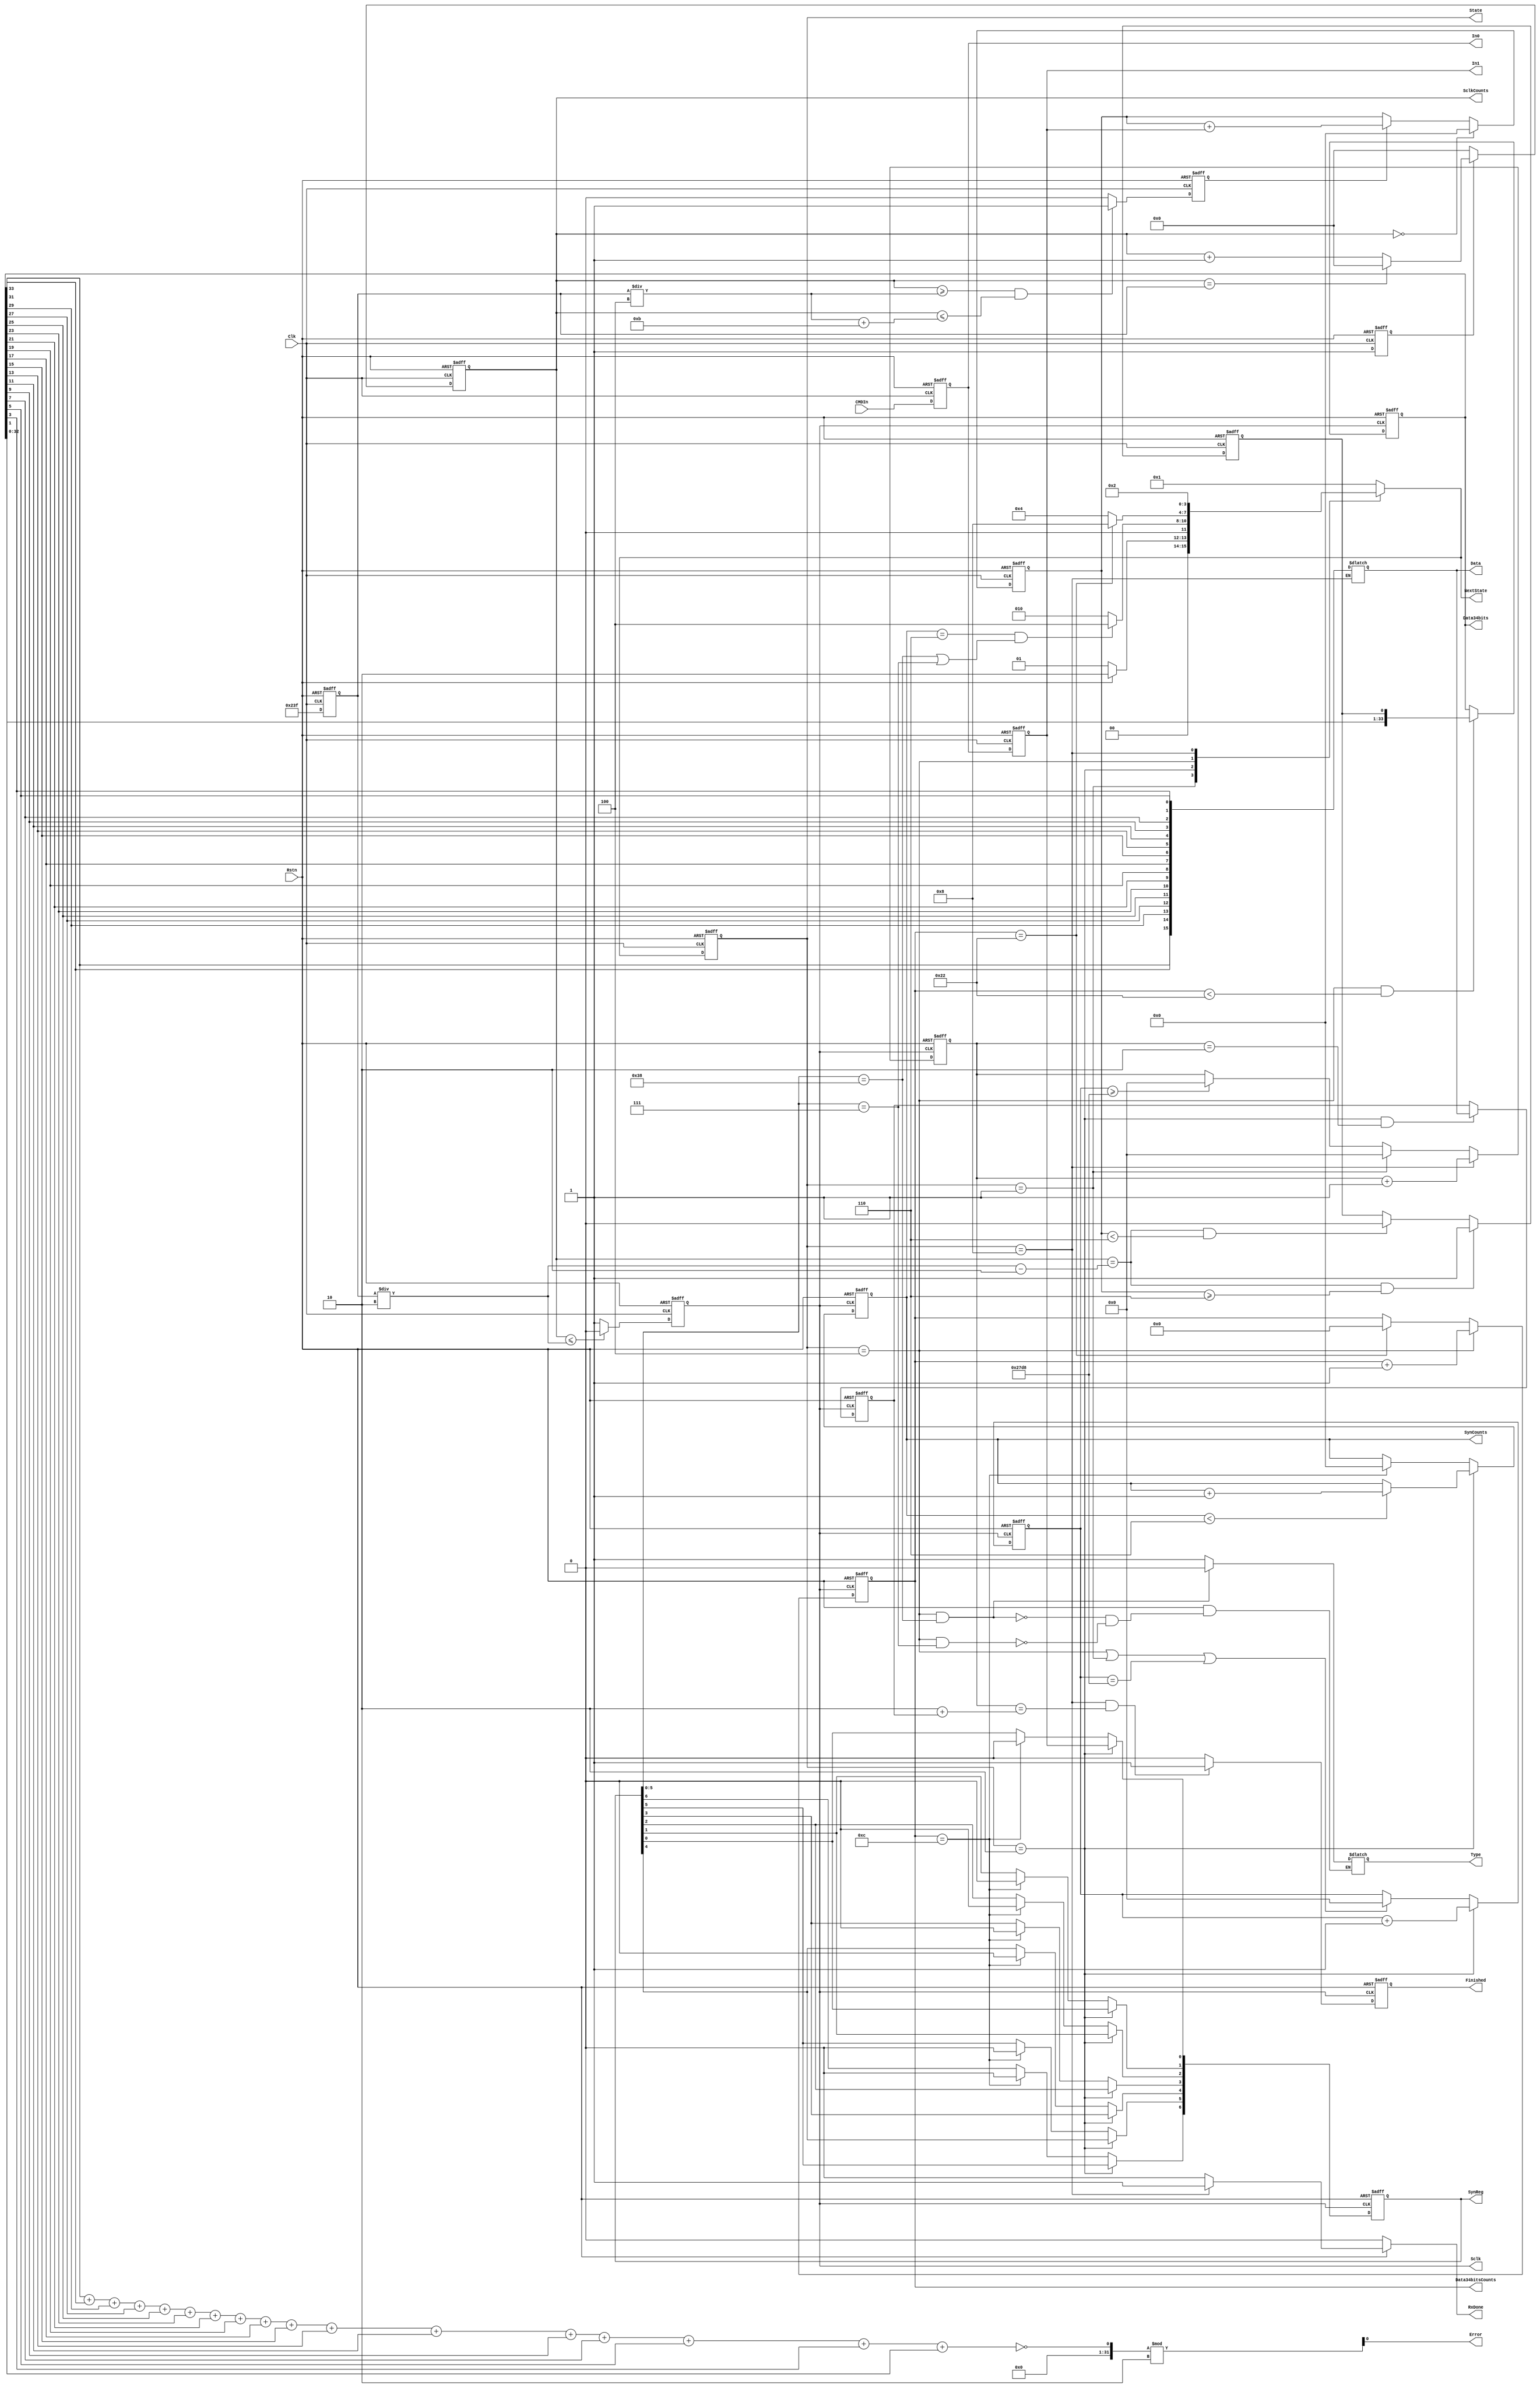
/*
EDIB_CMD
*/
module EDIB_CMD(CMDIn,Clk,Data,RxDone,Type,Rstn,Error,State,SynReg,Data34bits
,Sclk,SclkCounts,NextState,Data34bitsCounts,In0,In1,SynCounts,Finished);
input CMDIn;
input Rstn;
input Clk;
output reg[15:0] Data;
output reg RxDone;
output wire Error;
output reg Type;
output reg In0,In1;
//reg In0, In1;
output reg[6:0] SynReg;
//reg [5:0] SynReg;
reg  SclkEn;
output reg Sclk;
//reg  Sclk;
reg [11:0] BpsNum; 
output reg[11:0] SclkCounts;
//reg [11:0] SclkCounts;
reg [3:0] OneBitSum;
reg OneBit;
output reg[33:0] Data34bits;
//reg [33:0] Data34bits;
output reg [7:0]  Data34bitsCounts;
//reg [7:0]  Data34bitsCounts;
reg SampleEn;
output reg[3:0] State;
//reg [3:0] State; 18/6/10/21/19
output reg [3:0] NextState;
//reg [3:0] NextState;
wire SynRegOk;
output reg [3:0] SynCounts;
reg SynEn;
reg [15:0] DataTimes;
reg [15:0] DataLength;
reg [15:0] SynMaxTimes;
output reg Finished;
parameter IDLE=4'b0001,SYN_PR=4'b0010,DATA_PR=4'b0100,DATA_END=4'b1000;

// BpsNum
always @(posedge Clk or negedge Rstn)
    if(!Rstn)
      BpsNum<=12'd0;
    else
      BpsNum<=12'd575;
// SclkEn
always @(posedge Clk or negedge Rstn)
    if(!Rstn)
       SclkEn<=1'b0;
    else 
       SclkEn=1'b1;
//SclkCounts
always @(posedge Clk or negedge Rstn)
  if(!Rstn)
      SclkCounts<=12'd0;
  else if(SclkEn)begin
                 if(SclkCounts == BpsNum)
                    SclkCounts<=12'd0;
                 else
                    SclkCounts<=SclkCounts +1'b1;
                 end 
  else
       SclkCounts<=12'd0;
//Sclk low-->high
always @(posedge Clk or negedge Rstn)
   if(!Rstn)
     Sclk<=1'b0;
   else if(SclkCounts <=(BpsNum/2))
     Sclk<=1'b0;
   else
     Sclk<=1'b1;

// In1 In0
always@(posedge Clk or negedge Rstn)
   if(!Rstn)begin
            In0<=1'b0;
            In1<=1'b1;
            end
   else  begin
            In0<=CMDIn;
            In1<=In0;
         end


//SampleEn   [BpsNum/4,(BpsNum/4)+11] 12 times
always @(posedge Clk or negedge Rstn)
   if(!Rstn)
   SampleEn<=1'b0;
   else if((SclkCounts>=(BpsNum/4))&&(SclkCounts<=(BpsNum/4)+11))
           SampleEn<=1'b1;
   else 
   SampleEn<=1'b0;
//OneBitSum
always @(posedge Clk or negedge Rstn)
   if(!Rstn)
   OneBitSum<=4'd0;
   else if(SclkCounts == 0)
         OneBitSum<=4'd0;
   else if(SampleEn )
         OneBitSum<=OneBitSum+In1;
   else  OneBitSum<=OneBitSum;

//OneBit
always @(posedge Clk or negedge Rstn)
   if(!Rstn)
      OneBit<=1'bx;
   else if((SclkCounts==((BpsNum/2)-2)) && (OneBitSum >=6))
         OneBit<=1'b1;
   else if((SclkCounts==((BpsNum/2)-2)) &&(OneBitSum <6))
         OneBit<=1'b0;
   else  OneBit<=OneBit;
//SynReg  Sclk 
//SynReg<=6'bxxxxxx,--
always@(posedge Sclk or negedge Rstn)
  if(!Rstn)
    begin
    SynReg<=6'd0;
    SynCounts<=4'd0;
    end
  else if(State == SYN_PR)
       begin
       SynReg[0]<=In1;
       SynReg[1]<=SynReg[0];
       SynReg[2]<=SynReg[1];
       SynReg[3]<=SynReg[2];
       SynReg[4]<=SynReg[3];
       SynReg[5]<=SynReg[4];
       SynReg[6]<=SynReg[5];
       if(SynCounts<6)
       SynCounts<=SynCounts+1'b1;
       else if(SynCounts ==6)
             SynCounts<=SynCounts;
       end
  else if(Data34bitsCounts == 8'd12)
       begin
       SynReg<=6'd0;
       SynCounts<=4'd0;
       end
  else SynReg<=SynReg;

//Type  0:command 1;data
always @(State or Rstn)
   if(!Rstn)
     Type<=1'bx;
   else if(State ==DATA_PR &&(SynReg[5:0] == 6'b111000))
     Type<=1'b0;
   else if(State ==DATA_PR &&(SynReg[5:0] == 6'b000111))
     Type<=1'b1;
   else Type<=Type;
//Type


//Data34bitsCounts;
always @(posedge Sclk or negedge Rstn)
  if(!Rstn)
    Data34bitsCounts <=8'd0;
  else if(State ==DATA_PR)
    Data34bitsCounts<=Data34bitsCounts+1'b1;
  else if(Data34bitsCounts ==8'd34)
     Data34bitsCounts <=8'd0;
  else Data34bitsCounts<=Data34bitsCounts;

//time Logic
always @(posedge Clk or negedge Rstn)
    if(!Rstn)
      State<=IDLE;
    else
      State<=NextState;
//combine Logic

always@(State or Rstn or (SynReg[5:0]==6'b111000) or (SynReg[5:0]==6'b000111) or (Data34bitsCounts==8'd34))
  case(State)
    IDLE:NextState =(Rstn)?SYN_PR:IDLE;
    SYN_PR:NextState=((SynCounts ==6)&&((SynReg[5:0]==6'b111000) || (SynReg[5:0]==6'b000111)))?DATA_PR:SYN_PR;
    DATA_PR:NextState=(Data34bitsCounts==8'd34)?DATA_END:DATA_PR;
    DATA_END:NextState=SYN_PR;
    default:NextState=IDLE;
 endcase

//RxDone ---->>24MHz sampling this signal
always @(State or Rstn)
  if(!Rstn)
    RxDone<=1'b0;
  else if(State == DATA_END)
     RxDone<=1'b1;
  else RxDone<=1'b0;


//Data34bits
always @(posedge Sclk or negedge Rstn )
   if(!Rstn)
     Data34bits <=34'd0;
    else if((State == DATA_PR)&&(Data34bitsCounts<34))
      Data34bits <={Data34bits[32:0],OneBit};
    else Data34bits<=Data34bits;

//Data
always @(State)
  if(State ==DATA_END)
  Data <={Data34bits[33],Data34bits[31],Data34bits[29],Data34bits[27],Data34bits[25],Data34bits[23],
Data34bits[21],Data34bits[19],Data34bits[17],Data34bits[15],Data34bits[13],Data34bits[11],Data34bits[9],
Data34bits[7],Data34bits[5],Data34bits[3]};
  else
  Data<=Data;
assign Error =!(Data34bits[33]+Data34bits[31]+Data34bits[29]+Data34bits[27]+Data34bits[25]+Data34bits[23]+
Data34bits[21]+Data34bits[19]+Data34bits[17]+Data34bits[15]+Data34bits[13]+Data34bits[11]+Data34bits[9]+
Data34bits[7]+Data34bits[5]+Data34bits[3]+Data34bits[1])%2;

//DataTimes
always @(posedge Sclk or negedge Rstn)
 if(!Rstn)
    DataTimes<=16'd0;
 else if(State ==DATA_END)
    DataTimes <=DataTimes+1'b1;
 else  if(State == IDLE)
    DataTimes<=16'd0;
 else  if(SynMaxTimes >=16'd10200)
    DataTimes<=16'd0;
 else DataTimes<=DataTimes;
 
//DataLength
always @(posedge Sclk or negedge Rstn)
  if(!Rstn)
     DataLength<=16'd0;
   else if((State ==SYN_PR) &&(DataTimes ==16'd2))
      DataLength<=Data;
   else DataLength<=DataLength;

//Finished
always @(posedge Sclk or negedge Rstn)
   if(!Rstn)
    Finished<=1'b0;
   else if((State== DATA_END) && (DataTimes == (2+DataLength)))
    Finished<=1'b1;
   else 
     Finished<=1'b0;

//SynMaxTimes
always @(posedge Sclk or negedge Rstn)
   if(!Rstn)
    SynMaxTimes<=16'd0;
   else if(State ==SYN_PR)
     SynMaxTimes<=SynMaxTimes+1'b1;
   else  if((State ==DATA_PR)||(State ==IDLE) ||(SynMaxTimes ==16'd10200))
     SynMaxTimes<=16'd0; 
endmodule